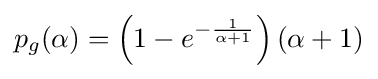
p_{g}(\alpha )=\left(1-e^{-{\frac {1}{\alpha +1}}}\right)(\alpha +1)